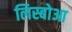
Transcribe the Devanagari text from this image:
लिस्बोआ